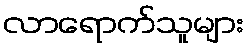
လာရောက်သူများ